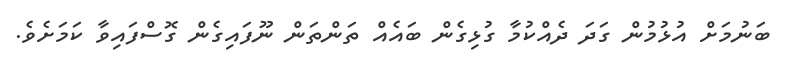
ބަނުމަށް އުޅުމުން ގަދަ ދެއްކުމާ ގުޅިގެން ބައެއް ތަންތަން ނޫފައިގެން ގޮސްފައިވާ ކަމަށެވެ.